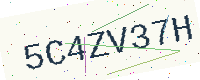
Text: 5C4ZV37H